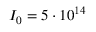
I _ { 0 } = 5 \cdot 1 0 ^ { 1 4 }